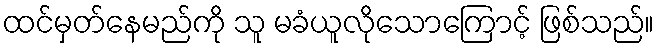
ထင်မှတ်နေမည်ကို သူ မခံယူလိုသောကြောင့် ဖြစ်သည်။